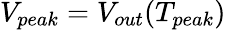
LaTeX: V_{peak}=V_{out}(T_{peak})